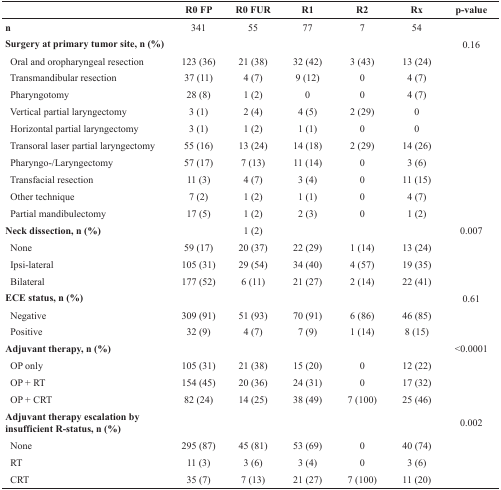
<table><thead><tr><td></td><td><b>R0 FP</b></td><td><b>R0 FUR</b></td><td><b>R1</b></td><td><b>R2</b></td><td><b>Rx</b></td><td><b>p-value</b></td></tr></thead><tbody><tr><td><b>n</b></td><td>341</td><td>55</td><td>77</td><td>7</td><td>54</td><td></td></tr><tr><td><b>Surgery at primary tumor site, n (%)</b></td><td></td><td></td><td></td><td></td><td></td><td>0.16</td></tr><tr><td> Oral and oropharyngeal resection</td><td>123 (36)</td><td>21 (38)</td><td>32 (42)</td><td>3 (43)</td><td>13 (24)</td><td></td></tr><tr><td> Transmandibular resection</td><td>37 (11)</td><td>4 (7)</td><td>9 (12)</td><td>0</td><td>4 (7)</td><td></td></tr><tr><td> Pharyngotomy</td><td>28 (8)</td><td>1 (2)</td><td>0</td><td>0</td><td>4 (7)</td><td></td></tr><tr><td> Vertical partial laryngectomy</td><td>3 (1)</td><td>2 (4)</td><td>4 (5)</td><td>2 (29)</td><td>0</td><td></td></tr><tr><td> Horizontal partial laryngectomy</td><td>3 (1)</td><td>1 (2)</td><td>1 (1)</td><td>0</td><td>0</td><td></td></tr><tr><td> Transoral laser partial laryngectomy</td><td>55 (16)</td><td>13 (24)</td><td>14 (18)</td><td>2 (29)</td><td>14 (26)</td><td></td></tr><tr><td> Pharyngo-/Laryngectomy</td><td>57 (17)</td><td>7 (13)</td><td>11 (14)</td><td>0</td><td>3 (6)</td><td></td></tr><tr><td> Transfacial resection</td><td>11 (3)</td><td>4 (7)</td><td>3 (4)</td><td>0</td><td>11 (15)</td><td></td></tr><tr><td> Other technique</td><td>7 (2)</td><td>1 (2)</td><td>1 (1)</td><td>0</td><td>4 (7)</td><td></td></tr><tr><td> Partial mandibulectomy</td><td>17 (5)</td><td>1 (2)</td><td>2 (3)</td><td>0</td><td>1 (2)</td><td></td></tr><tr><td><b>Neck dissection, n (%)</b></td><td></td><td>1 (2)</td><td></td><td></td><td></td><td>0.007</td></tr><tr><td> None</td><td>59 (17)</td><td>20 (37)</td><td>22 (29)</td><td>1 (14)</td><td>13 (24)</td><td></td></tr><tr><td> Ipsi-lateral</td><td>105 (31)</td><td>29 (54)</td><td>34 (40)</td><td>4 (57)</td><td>19 (35)</td><td></td></tr><tr><td> Bilateral</td><td>177 (52)</td><td>6 (11)</td><td>21 (27)</td><td>2 (14)</td><td>22 (41)</td><td></td></tr><tr><td><b>ECE status, n (%)</b></td><td></td><td></td><td></td><td></td><td></td><td>0.61</td></tr><tr><td> Negative</td><td>309 (91)</td><td>51 (93)</td><td>70 (91)</td><td>6 (86)</td><td>46 (85)</td><td></td></tr><tr><td> Positive</td><td>32 (9)</td><td>4 (7)</td><td>7 (9)</td><td>1 (14)</td><td>8 (15)</td><td></td></tr><tr><td><b>Adjuvant therapy, n (%)</b></td><td></td><td></td><td></td><td></td><td></td><td>&lt;0.0001</td></tr><tr><td> OP only</td><td>105 (31)</td><td>21 (38)</td><td>15 (20)</td><td>0</td><td>12 (22)</td><td></td></tr><tr><td> OP + RT</td><td>154 (45)</td><td>20 (36)</td><td>24 (31)</td><td>0</td><td>17 (32)</td><td></td></tr><tr><td> OP + CRT</td><td>82 (24)</td><td>14 (25)</td><td>38 (49)</td><td>7 (100)</td><td>25 (46)</td><td></td></tr><tr><td><b>Adjuvant therapy escalation by insufficient R-status, n (%)</b></td><td></td><td></td><td></td><td></td><td></td><td>0.002</td></tr><tr><td> None</td><td>295 (87)</td><td>45 (81)</td><td>53 (69)</td><td>0</td><td>40 (74)</td><td></td></tr><tr><td> RT</td><td>11 (3)</td><td>3 (6)</td><td>3 (4)</td><td>0</td><td>3 (6)</td><td></td></tr><tr><td> CRT</td><td>35 (7)</td><td>7 (13)</td><td>21 (27)</td><td>7 (100)</td><td>11 (20)</td><td></td></tr></tbody></table>